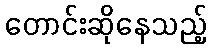
တောင်းဆိုနေသည့်